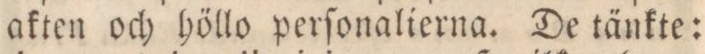
akten och höllo perſonalierna. De tänkte: